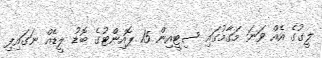
ލީގުގެ އެއް ވަނަ މަގާމުގައި ސިޓީއިން 15 ޕޮއިންޓުގެ ބޮޑު ލީޑެއް ނަގައިފި